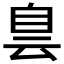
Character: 𦤆